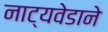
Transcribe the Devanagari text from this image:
नाट्यवेडाने